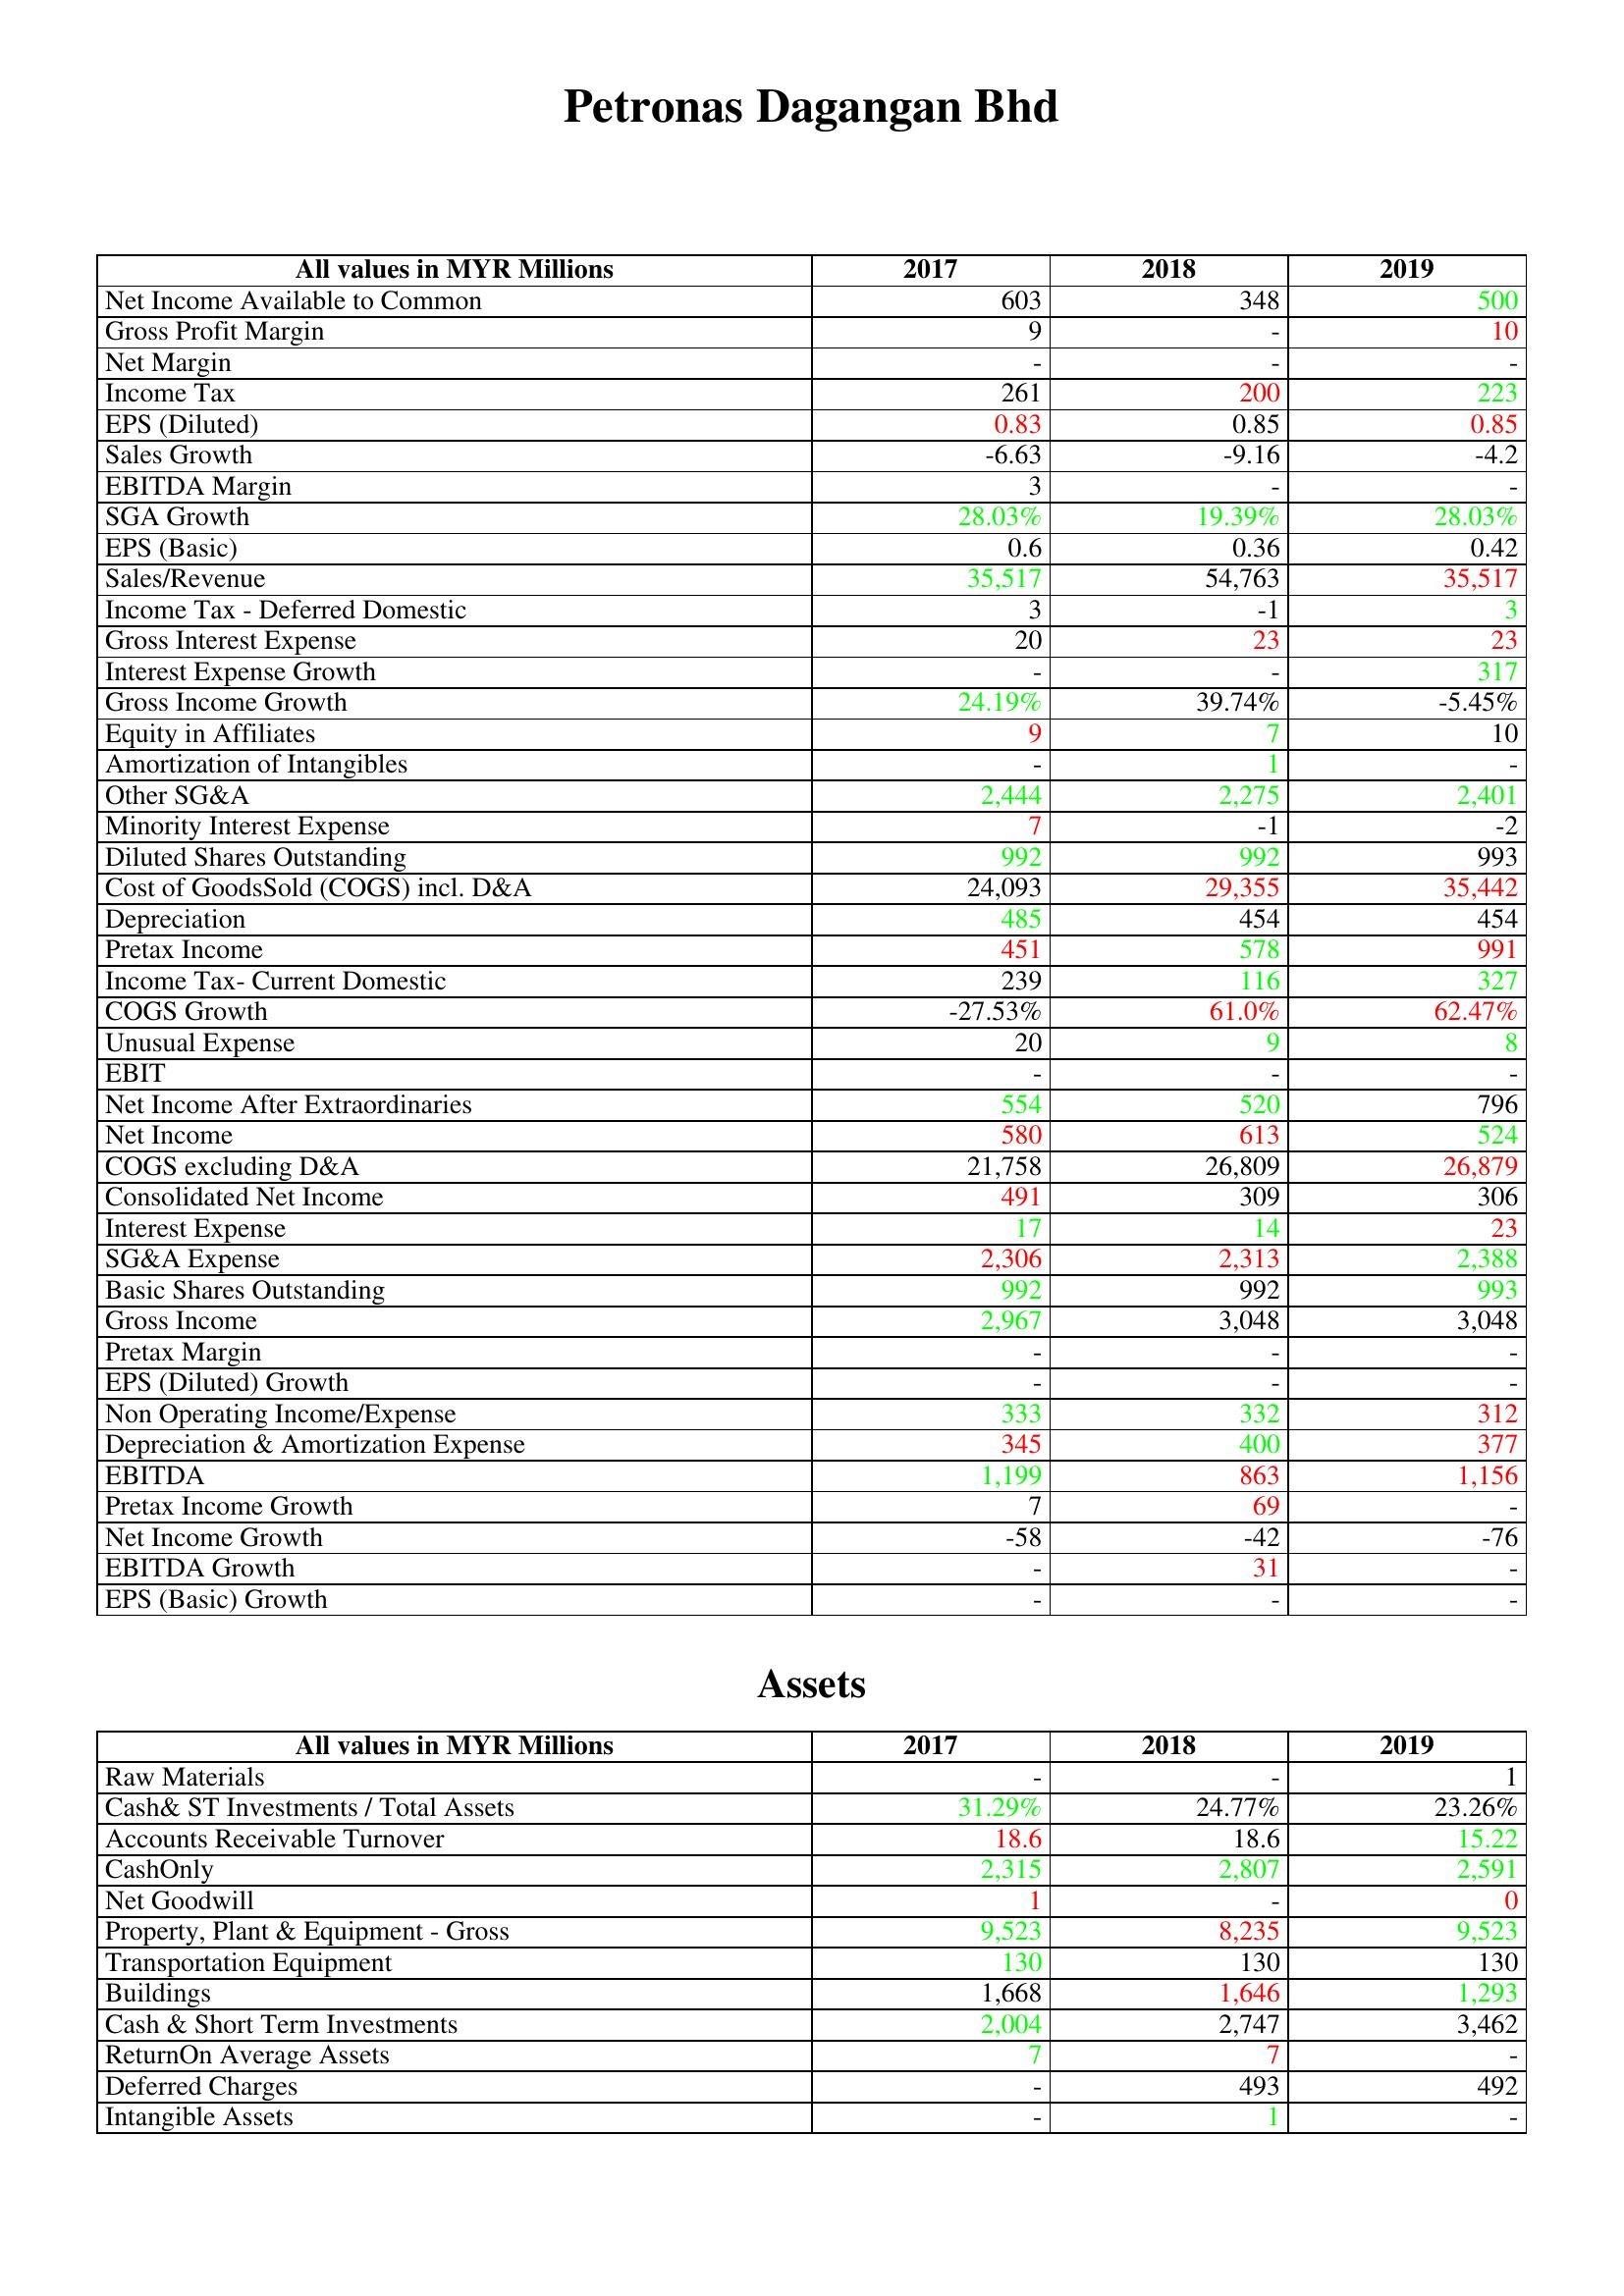
gt_parse: 2017: : Net Income Available to Common: 603
Gross Profit Margin: 9
Net Margin: -
Income Tax: 261
EPS (Diluted): 0.83
Sales Growth: -6.63
EBITDA Margin: 3
SGA Growth: 28.03%
EPS (Basic): 0.6
Sales/Revenue: 35,517
Income Tax - Deferred Domestic: 3
Gross Interest Expense: 20
Interest Expense Growth: -
Gross Income Growth: 24.19%
Equity in Affiliates: 9
Amortization of Intangibles: -
Other SG&A: 2,444
Minority Interest Expense: 7
Diluted Shares Outstanding: 992
Cost of GoodsSold (COGS) incl. D&A: 24,093
Depreciation: 485
Pretax Income: 451
Income Tax- Current Domestic: 239
COGS Growth: -27.53%
Unusual Expense: 20
EBIT: -
Net Income After Extraordinaries: 554
Net Income: 580
COGS excluding D&A: 21,758
Consolidated Net Income: 491
Interest Expense: 17
SG&A Expense: 2,306
Basic Shares Outstanding: 992
Gross Income: 2,967
Pretax Margin: -
EPS (Diluted) Growth: -
Non Operating Income/Expense: 333
Depreciation & Amortization Expense: 345
EBITDA: 1,199
Pretax Income Growth: 7
Net Income Growth: -58
EBITDA Growth: -
EPS (Basic) Growth: -
Assets: Raw Materials: -
Cash& ST Investments / Total Assets: 31.29%
Accounts Receivable Turnover: 18.6
CashOnly: 2,315
Net Goodwill: 1
Property, Plant & Equipment - Gross : 9,523
Transportation Equipment: 130
Buildings: 1,668
Cash & Short Term Investments: 2,004
ReturnOn Average Assets: 7
Deferred Charges: -
Intangible Assets: -
2018: : Net Income Available to Common: 348
Gross Profit Margin: -
Net Margin: -
Income Tax: 200
EPS (Diluted): 0.85
Sales Growth: -9.16
EBITDA Margin: -
SGA Growth: 19.39%
EPS (Basic): 0.36
Sales/Revenue: 54,763
Income Tax - Deferred Domestic: -1
Gross Interest Expense: 23
Interest Expense Growth: -
Gross Income Growth: 39.74%
Equity in Affiliates: 7
Amortization of Intangibles: 1
Other SG&A: 2,275
Minority Interest Expense: -1
Diluted Shares Outstanding: 992
Cost of GoodsSold (COGS) incl. D&A: 29,355
Depreciation: 454
Pretax Income: 578
Income Tax- Current Domestic: 116
COGS Growth: 61.0%
Unusual Expense: 9
EBIT: -
Net Income After Extraordinaries: 520
Net Income: 613
COGS excluding D&A: 26,809
Consolidated Net Income: 309
Interest Expense: 14
SG&A Expense: 2,313
Basic Shares Outstanding: 992
Gross Income: 3,048
Pretax Margin: -
EPS (Diluted) Growth: -
Non Operating Income/Expense: 332
Depreciation & Amortization Expense: 400
EBITDA: 863
Pretax Income Growth: 69
Net Income Growth: -42
EBITDA Growth: 31
EPS (Basic) Growth: -
Assets: Raw Materials: -
Cash& ST Investments / Total Assets: 24.77%
Accounts Receivable Turnover: 18.6
CashOnly: 2,807
Net Goodwill: -
Property, Plant & Equipment - Gross : 8,235
Transportation Equipment: 130
Buildings: 1,646
Cash & Short Term Investments: 2,747
ReturnOn Average Assets: 7
Deferred Charges: 493
Intangible Assets: 1
2019: : Net Income Available to Common: 500
Gross Profit Margin: 10
Net Margin: -
Income Tax: 223
EPS (Diluted): 0.85
Sales Growth: -4.2
EBITDA Margin: -
SGA Growth: 28.03%
EPS (Basic): 0.42
Sales/Revenue: 35,517
Income Tax - Deferred Domestic: 3
Gross Interest Expense: 23
Interest Expense Growth: 317
Gross Income Growth: -5.45%
Equity in Affiliates: 10
Amortization of Intangibles: -
Other SG&A: 2,401
Minority Interest Expense: -2
Diluted Shares Outstanding: 993
Cost of GoodsSold (COGS) incl. D&A: 35,442
Depreciation: 454
Pretax Income: 991
Income Tax- Current Domestic: 327
COGS Growth: 62.47%
Unusual Expense: 8
EBIT: -
Net Income After Extraordinaries: 796
Net Income: 524
COGS excluding D&A: 26,879
Consolidated Net Income: 306
Interest Expense: 23
SG&A Expense: 2,388
Basic Shares Outstanding: 993
Gross Income: 3,048
Pretax Margin: -
EPS (Diluted) Growth: -
Non Operating Income/Expense: 312
Depreciation & Amortization Expense: 377
EBITDA: 1,156
Pretax Income Growth: -
Net Income Growth: -76
EBITDA Growth: -
EPS (Basic) Growth: -
Assets: Raw Materials: 1
Cash& ST Investments / Total Assets: 23.26%
Accounts Receivable Turnover: 15.22
CashOnly: 2,591
Net Goodwill: 0
Property, Plant & Equipment - Gross : 9,523
Transportation Equipment: 130
Buildings: 1,293
Cash & Short Term Investments: 3,462
ReturnOn Average Assets: -
Deferred Charges: 492
Intangible Assets: -